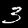
Digit: 3